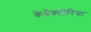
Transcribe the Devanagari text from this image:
केबैक्टीरिया